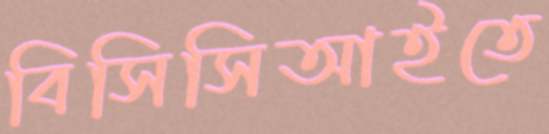
বিসিসিআইতে